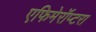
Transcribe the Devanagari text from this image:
एफिमेरॉप्टरा